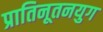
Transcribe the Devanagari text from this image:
प्रातिनूतनयुग